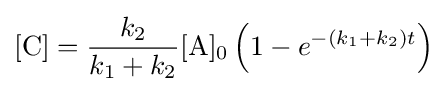
[{\ce {C}}]={\frac {k_{2}}{k_{1}+k_{2}}}{\ce {[A]0}}\left(1-e^{-(k_{1}+k_{2})t}\right)